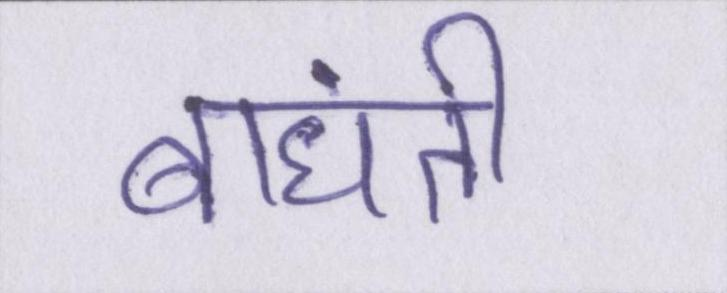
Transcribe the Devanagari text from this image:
बांधती